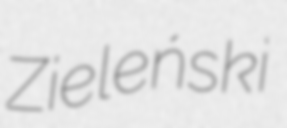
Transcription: Zieleński